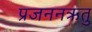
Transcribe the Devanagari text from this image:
प्रजननऋतु